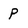
Character: p